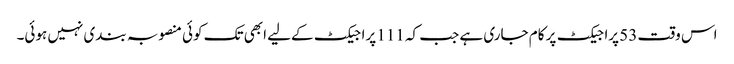
اس وقت 53 پراجیکٹ پر کام جاری ہے جب کہ 111 پراجیکٹ کےلیے ابھی تک کوئی منصوبہ بندی نہیں ہوئی۔